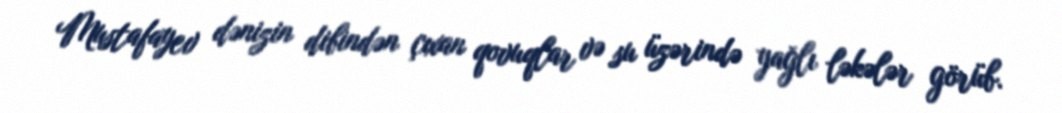
Mustafayev dənizin dibindən çıxan qovuqlar və su üzərində yağlı ləkələr görüb.